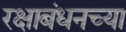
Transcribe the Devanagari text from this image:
रक्षाबंधनच्या